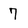
Character: 7